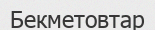
Бекметовтар